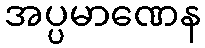
အပ္ပမာဏေန